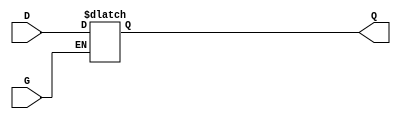
module GatedTransparentLatch (
    input wire D,      // Data input
    input wire G,      // Enable signal
    output reg Q       // Output
);

// Always block to implement the latch behavior
always @(*) begin
    if (G) begin
        Q = D;        // When G is high, Q follows D
    end else begin
        // When G is low, Q holds its last value
        // No assignment needed, Q retains its previous value
        Q = Q;        // This line is optional, included for clarity
    end
end

endmodule